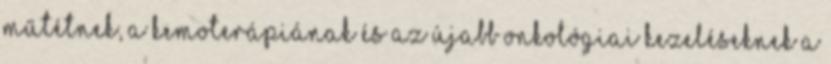
műtétnek, a kemoterápiának és az újabb onkológiai kezeléseknek a